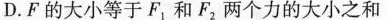
D.F的大小等于F_{1}和F_{2}两个力的大小之和